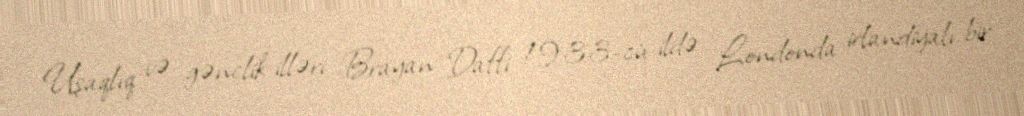
Uşaqlıq və gənclik illəri Brayan Daffi 1933-cü ildə Londonda irlandiyalı bir